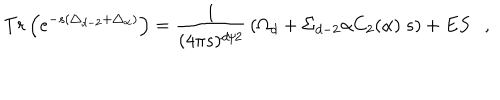
T r \left( e ^ { - s ( \triangle _ { d - 2 } + \triangle _ { \alpha } ) } \right) = { \frac { 1 } { ( 4 \pi s ) ^ { d / 2 } } } \left( \Omega _ { d } + \Sigma _ { d - 2 } \alpha C _ { 2 } ( \alpha ) ~ s \right) + E S ,